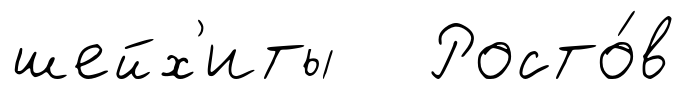
шейх'иты Росто́в